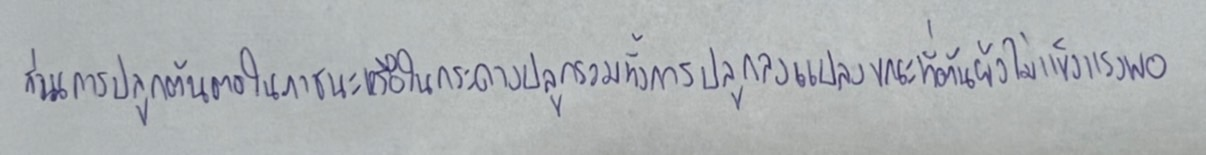
ส่วนการปลูกต้นตอในภาชนะหรือในกระถางปลูกรวมทั้งการปลูกลงแปลงขณะที่ต้นยังไม่แข็งแรงพอ